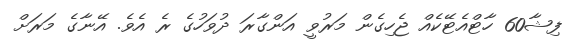
ފިޝާ60 ހާޓްއެޓޭކެއް ޖެހިގެން މަރުވީ އަންގާރަ ދުވަހުގެ ރެ އެވެ. އޭނާގެ މަރަށް